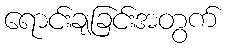
ရောင်းချခြင်းအတွက်